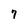
Character: 7